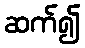
ဆက်၍